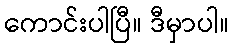
ကောင်းပါပြီ။ ဒီမှာပါ။